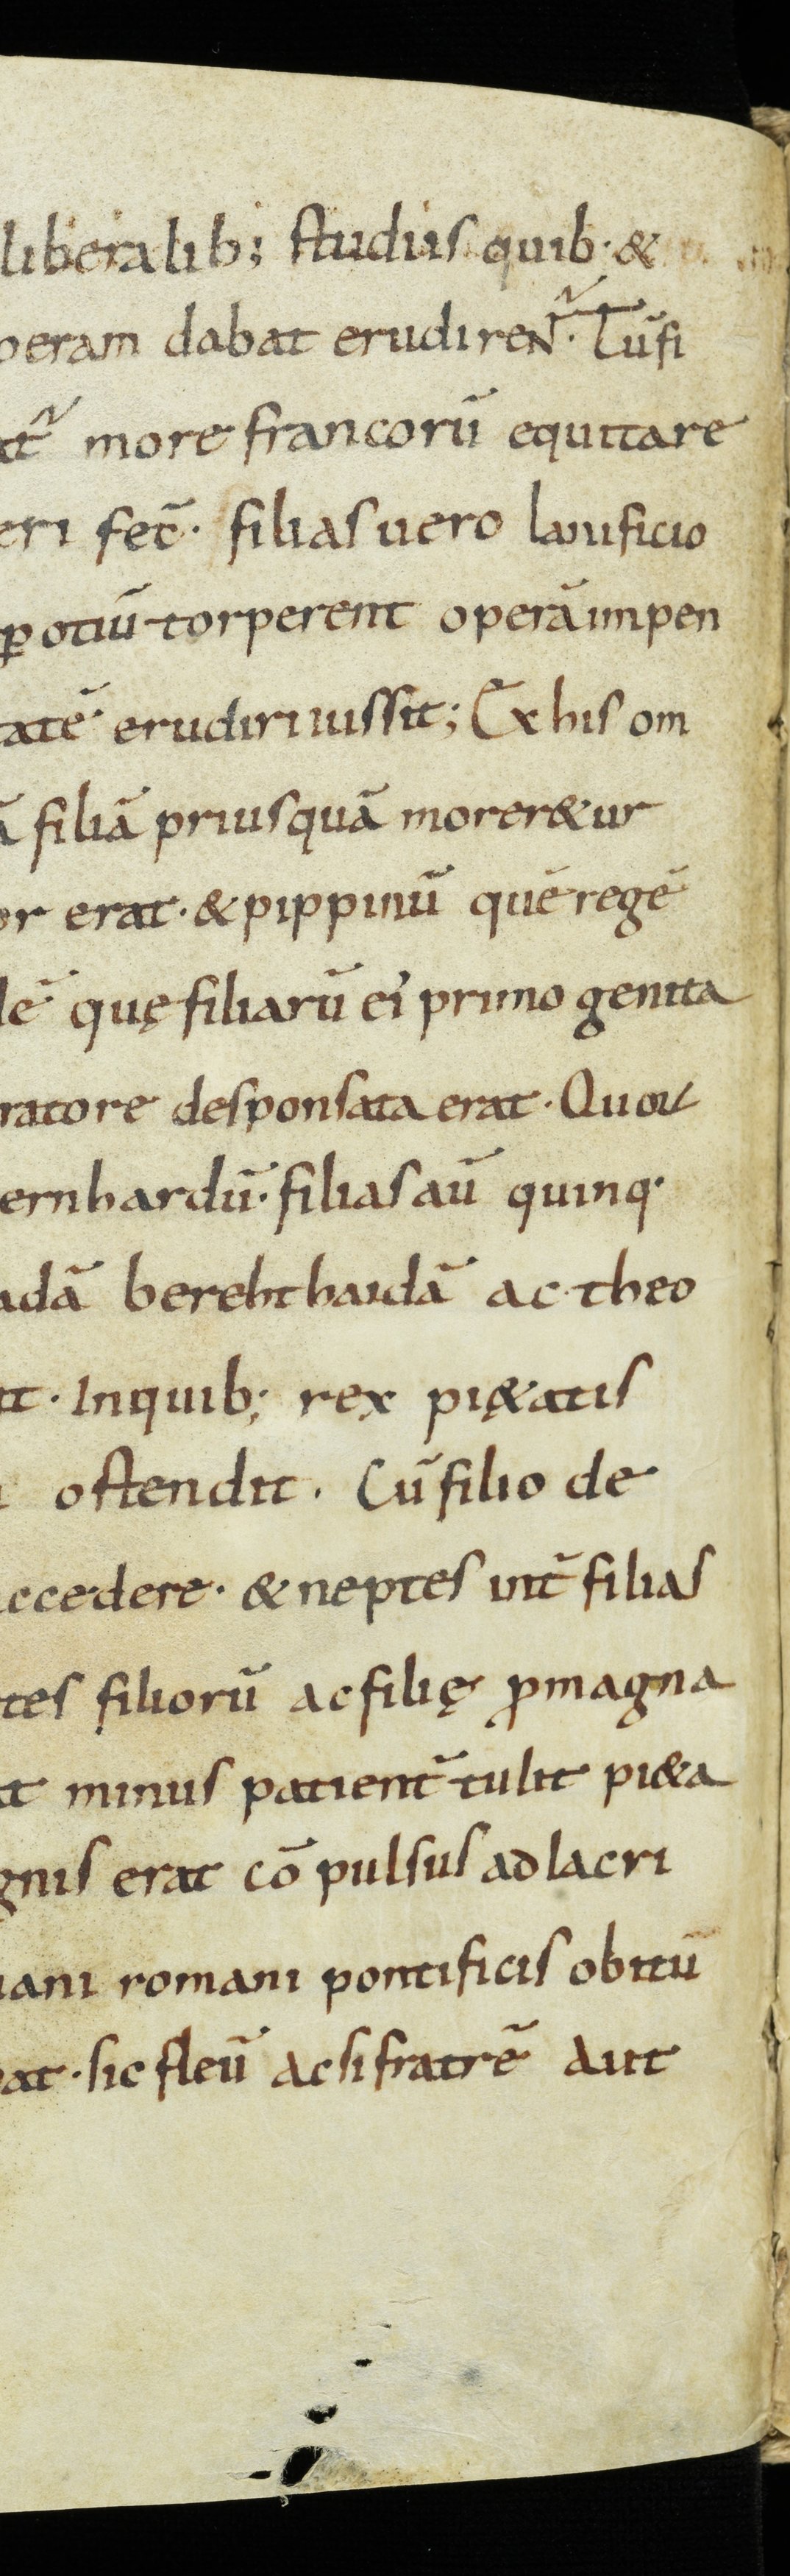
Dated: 900–932